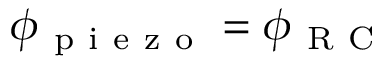
\phi _ { \mathrm { ~ p ~ i ~ e ~ z ~ o ~ } } = \phi _ { \mathrm { ~ R ~ C ~ } }